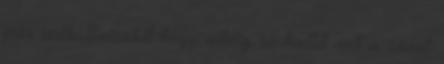
pár redbullviszkit hogy addig se halld azt a szart